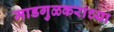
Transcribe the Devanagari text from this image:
माडगुळकरांच्या